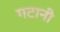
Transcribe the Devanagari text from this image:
गटानी